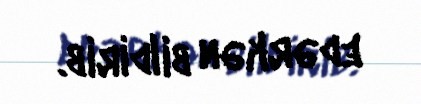
edərkən bildirib.